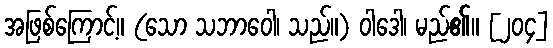
အဖြစ်ကြောင့်။ (သော သဘာဝေါ၊ သည်။) ဝါဒေါ၊ မည်၏။ [၂၀၄]